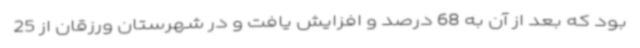
بود که بعد از آن به 68 درصد و افزایش یافت و در شهرستان ورزقان از 25